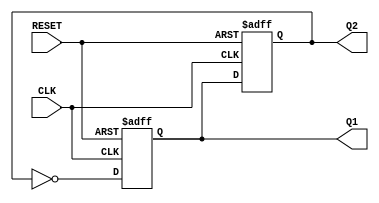
module dual_stage_johnson_counter (
    input wire CLK,      // Clock input
    input wire RESET,    // Reset input
    output reg Q1,       // Output of the first flip-flop
    output reg Q2        // Output of the second flip-flop
);

    // Sequential logic for the Johnson Counter
    always @(posedge CLK or posedge RESET) begin
        if (RESET) begin
            // Initialize both flip-flops to 0 on reset
            Q1 <= 1'b0;
            Q2 <= 1'b0;
        end else begin
            // Update the state of the flip-flops
            Q1 <= ~Q2;  // D1 = ~Q2
            Q2 <= Q1;   // D2 = Q1 (previous state)
        end
    end

endmodule